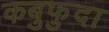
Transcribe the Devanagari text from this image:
कबुफुदा